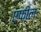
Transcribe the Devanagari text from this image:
एफ़ील